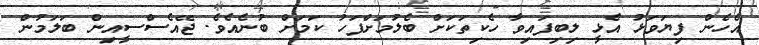
އެހެން ފިޔަވަޅު އެޅީ ލިބިފައިވާ ހެކިތަކަށް ބެލުމަށްފަހު ކަމަށް ބުނެއެވެ. ޖޭއެސްސީއިން ބަލަމުން